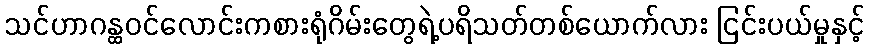
သင်ဟာဂန္ထဝင်လောင်းကစားရုံဂိမ်းတွေရဲ့ပရိသတ်တစ်ယောက်လား ငြင်းပယ်မှုနှင့်